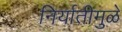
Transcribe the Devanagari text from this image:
निर्यातीमुळे